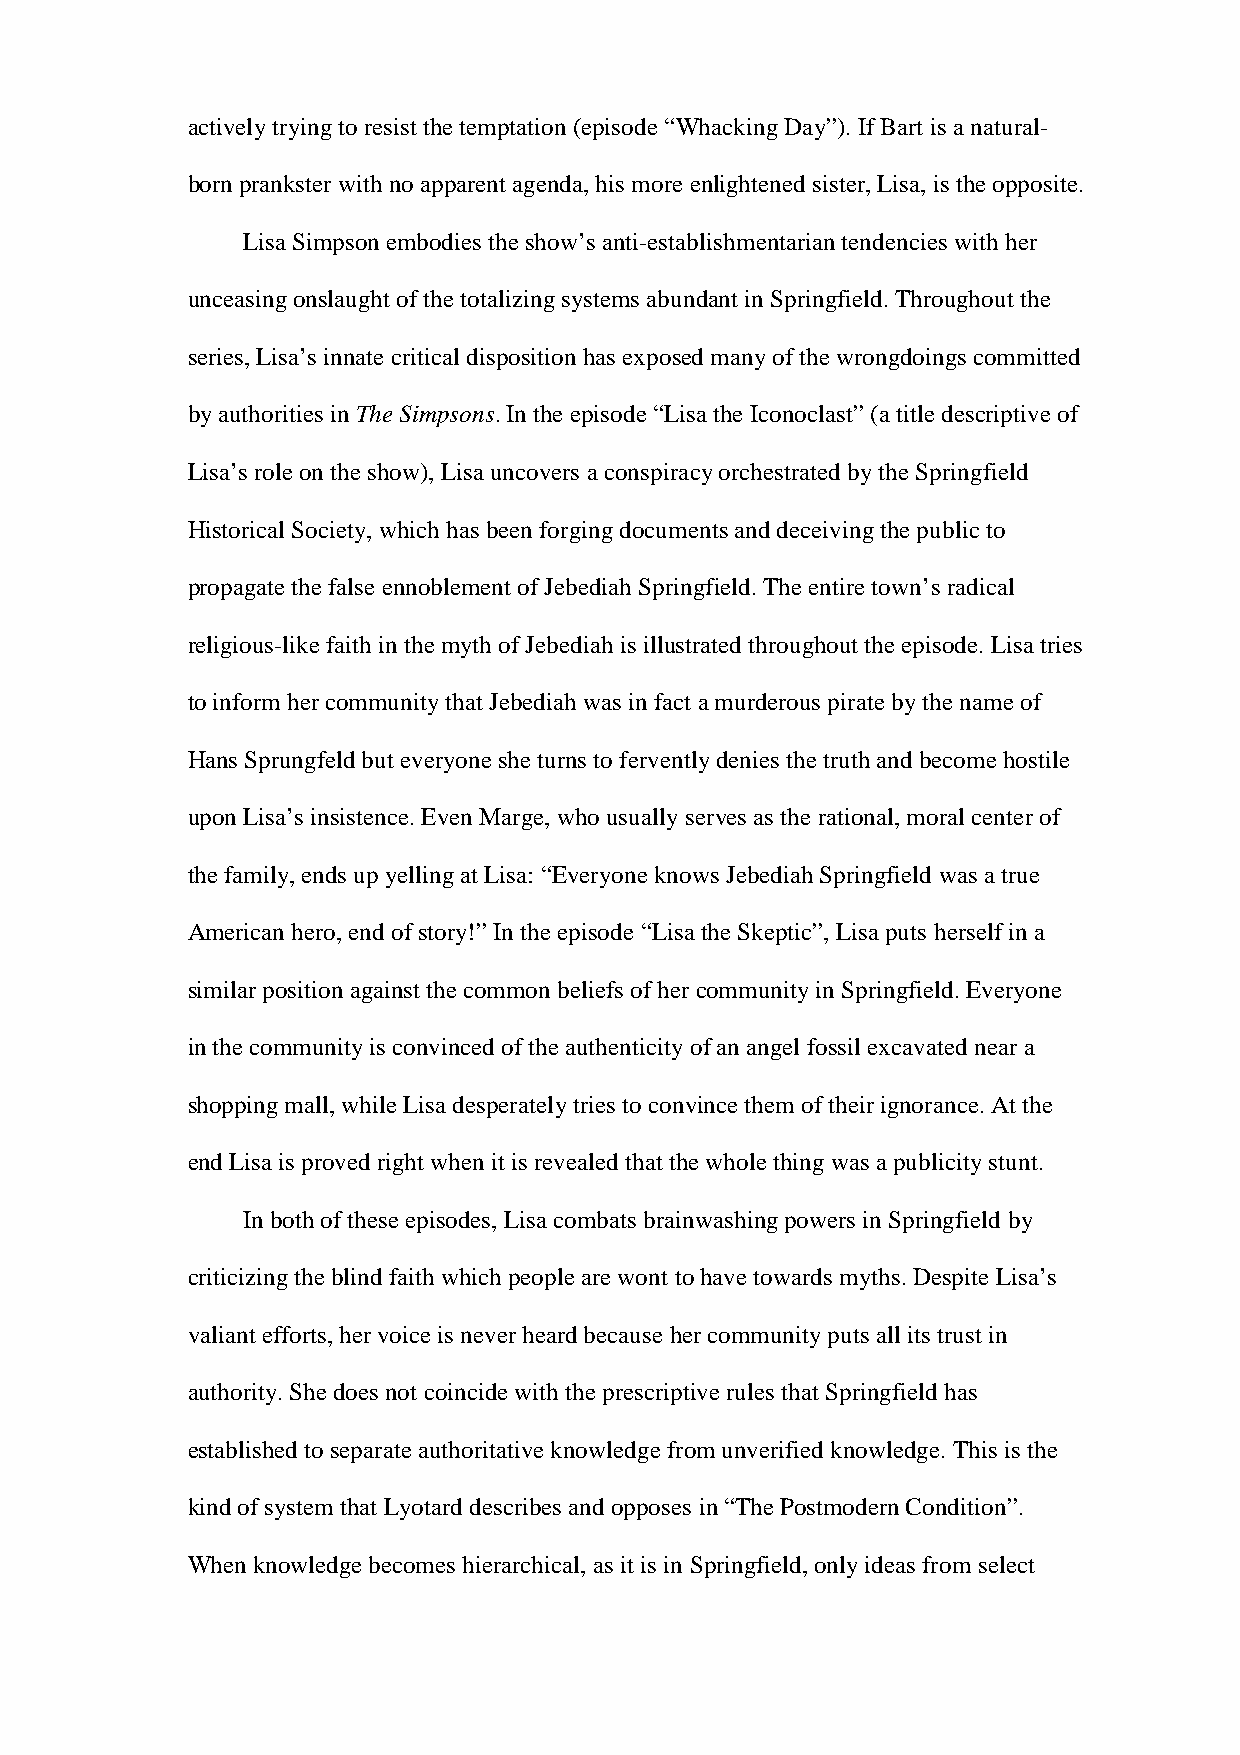
actively trying to resist the temptation (episode “Whacking Day”). If Bart is a natural-
 born prankster with no apparent agenda, his more enlightened sister, Lisa, is the opposite.
 Lisa Simpson embodies the show’s anti-establishmentarian tendencies with her
 unceasing onslaught of the totalizing systems abundant in Springfield. Throughout the
 series, Lisa’s innate critical disposition has exposed many of the wrongdoings committed
 by authorities in The Simpsons. In the episode “Lisa the Iconoclast” (a title descriptive of
 Lisa’s role on the show), Lisa uncovers a conspiracy orchestrated by the Springfield
 Historical Society, which has been forging documents and deceiving the public to
 propagate the false ennoblement of Jebediah Springfield. The entire town’s radical
 religious-like faith in the myth of Jebediah is illustrated throughout the episode. Lisa tries
 to inform her community that Jebediah was in fact a murderous pirate by the name of
 Hans Sprungfeld but everyone she turns to fervently denies the truth and become hostile
 upon Lisa’s insistence. Even Marge, who usually serves as the rational, moral center of
 the family, ends up yelling at Lisa: “Everyone knows Jebediah Springfield was a true
 American hero, end of story!” In the episode “Lisa the Skeptic”, Lisa puts herself in a
 similar position against the common beliefs of her community in Springfield. Everyone
 in the community is convinced of the authenticity of an angel fossil excavated near a
 shopping mall, while Lisa desperately tries to convince them of their ignorance. At the
 end Lisa is proved right when it is revealed that the whole thing was a publicity stunt.
 In both of these episodes, Lisa combats brainwashing powers in Springfield by
 criticizing the blind faith which people are wont to have towards myths. Despite Lisa’s
 valiant efforts, her voice is never heard because her community puts all its trust in
 authority. She does not coincide with the prescriptive rules that Springfield has
 established to separate authoritative knowledge from unverified knowledge. This is the
 kind of system that Lyotard describes and opposes in “The Postmodern Condition”.
 When knowledge becomes hierarchical, as it is in Springfield, only ideas from select